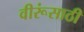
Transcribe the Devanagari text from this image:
वीरूंसाठी